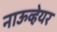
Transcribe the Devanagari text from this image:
नाऊव्हेयर